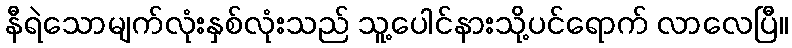
နီရဲသောမျက်လုံးနှစ်လုံးသည် သူ့ပေါင်နားသို့ပင်ရောက် လာလေပြီ။